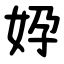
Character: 㚺